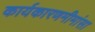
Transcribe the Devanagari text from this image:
कार्यकारणमीमांसा